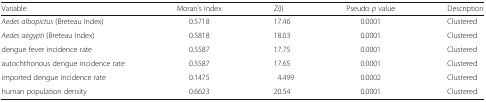
| Variable | Moran’s index | Z(I) | Pseudo p value | Description |
 | --- | --- | --- | --- | --- |
 | Aedes albopictus (Breteau Index) | 0.5718 | 17.46 | 0.0001 | Clustered |
 | Aedes aegypti (Breteau Index) | 0.5818 | 18.03 | 0.0001 | Clustered |
 | dengue fever incidence rate | 0.5587 | 17.75 | 0.0001 | Clustered |
 | autochthonous dengue incidence rate | 0.5587 | 17.65 | 0.0001 | Clustered |
 | imported dengue incidence rate | 0.1475 | 4.499 | 0.0002 | Clustered |
 | human population density | 0.6623 | 20.54 | 0.0001 | Clustered |